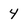
Character: 4